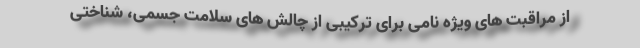
از مراقبت های ویژه نامی برای ترکیبی از چالش های سلامت جسمی، شناختی